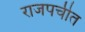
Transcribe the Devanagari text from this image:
राजपचीत